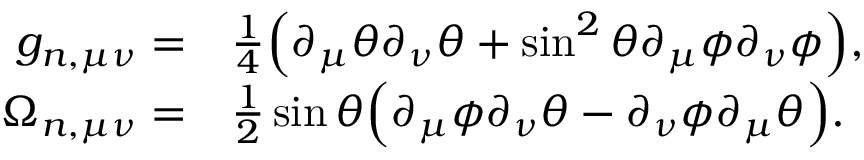
\begin{array} { r l } { g _ { n , \mu \nu } = } & { \frac { 1 } { 4 } \Big ( \partial _ { \mu } \theta \partial _ { \nu } \theta + \sin ^ { 2 } \theta \partial _ { \mu } \phi \partial _ { \nu } \phi \Big ) , } \\ { \Omega _ { n , \mu \nu } = } & { \frac { 1 } { 2 } \sin \theta \Big ( \partial _ { \mu } \phi \partial _ { \nu } \theta - \partial _ { \nu } \phi \partial _ { \mu } \theta \Big ) . } \end{array}